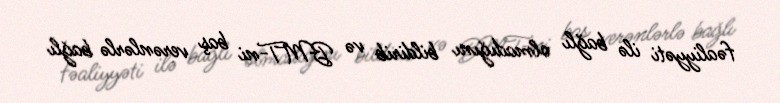
fəaliyyəti ilə bağlı olmadığını bildirib və BMT-ni baş verənlərlə bağlı